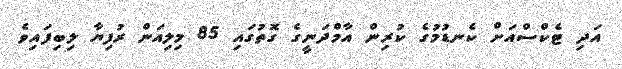
އަދި ޓެކްސްއަށް ކެނޑުމުގެ ކުރިން އާމްދަނީގެ ގޮތުގައި 85 މިލިއަން ރުފިޔާ ލިބިފައިވެ